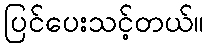
ပြင်ပေးသင့်တယ်။